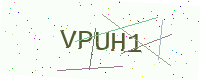
Text: VPUH1